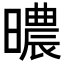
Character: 𣋏